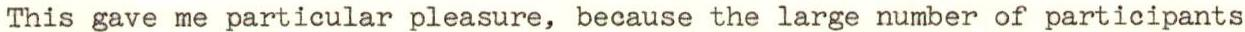
This gave me particular pleasure, because the large number of participants